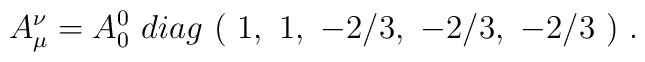
A_\mu^\nu=A_0^0\ diag\ (\ 1,\ 1,\ -2/3,\ -2/3,\ -2/3\ ) \ .